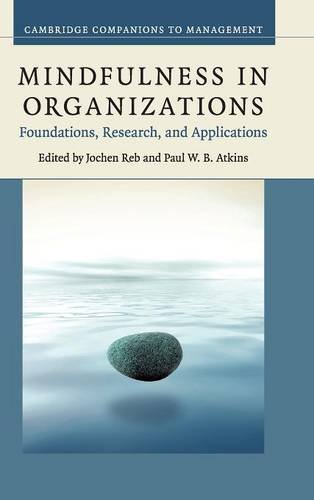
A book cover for Mindfulness in Organizations: Foundations, Research, and Applications (Cambridge Companions to Management); Medical Books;